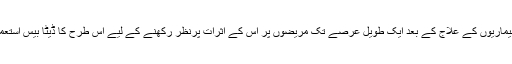
ڈاکٹر مختلف بیماریوں کے علاج کے بعد ایک طویل عرصے تک مریضوں پر اس کے اثرات پرنظر رکھنے کے لیے اس طرح کا ڈیٹا بیس استعمال کرتے ہیں۔